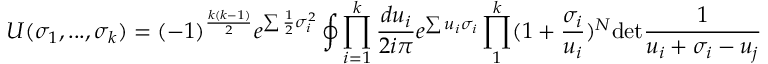
U ( \sigma _ { 1 } , . . . , \sigma _ { k } ) = ( - 1 ) ^ { \frac { k ( k - 1 ) } { 2 } } e ^ { \sum \frac { 1 } { 2 } \sigma _ { i } ^ { 2 } } \oint \prod _ { i = 1 } ^ { k } \frac { d u _ { i } } { 2 i \pi } e ^ { \sum u _ { i } \sigma _ { i } } \prod _ { 1 } ^ { k } ( 1 + \frac { \sigma _ { i } } { u _ { i } } ) ^ { N } \mathrm { d e t } \frac { 1 } { u _ { i } + \sigma _ { i } - u _ { j } }